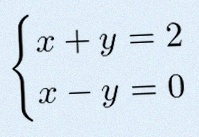
\begin{cases}x+y=2\\x-y=0\end{cases}